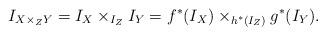
LaTeX: \begin{align*}I_{X\times_ZY}=I_X\times_{I_Z}I_Y=f^*(I_X)\times_{h^*(I_Z)}g^*(I_Y).\end{align*}